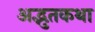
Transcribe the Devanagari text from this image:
अद्भुतकथा